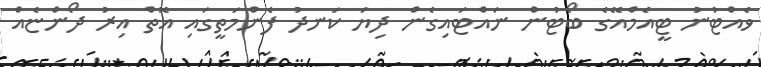
ވެއްޓުނު ޓީއެމްއޭގެ ބޯޓުން ނައްޓައިގެން ދިޔަ ކަނދު ފެންމަތީގައި އޮތް އިރު ދޯންޏެއް